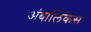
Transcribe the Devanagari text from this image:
अंबालिकेस